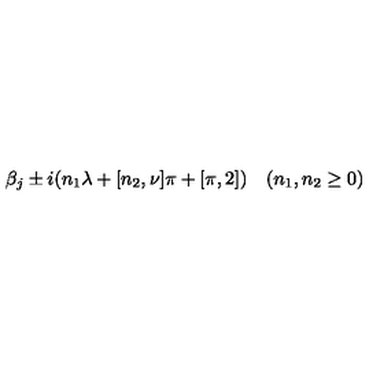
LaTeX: \beta _ { j } \pm i ( n _ { 1 } \lambda + \sc [ n _ { 2 } , \nu ] \pi + \sc [ \pi , 2 ] ) \quad ( n _ { 1 } , n _ { 2 } \ge 0 )